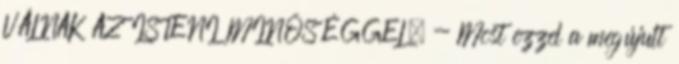
VÁLNAK AZ ISTENI MINŐSÉGGEL. - Most ezzel a megújult